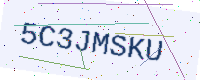
Text: 5C3JMSKU